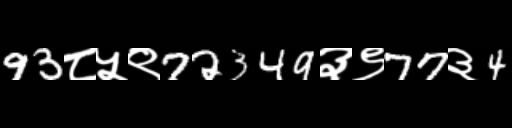
Text: 93८५९72349३९77३4